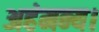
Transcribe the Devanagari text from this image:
अहंमन्य।